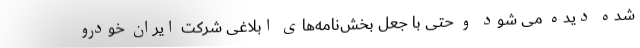
شده دیده می شود و حتی با جعل بخش‌نامه‌های ابلاغی شرکت ایران خودرو